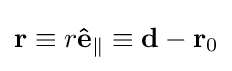
\mathbf {r} \equiv r\mathbf {\hat {e}} _{\parallel }\equiv \mathbf {d} -\mathbf {r} _{0}\,\!